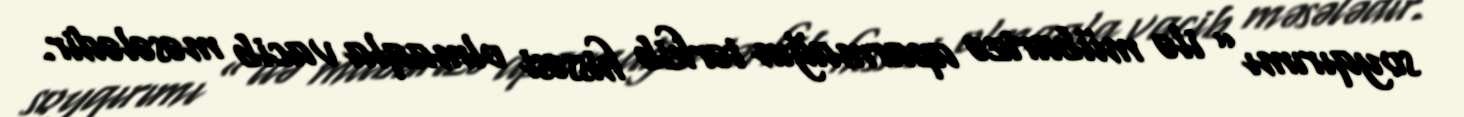
soyqırımı” ilə mübarizə aparmağın tərkib hissəsi olmaqla vacib məsələdir.